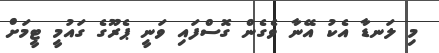
މި ލަނޑާ އެކު އޭނާ ވެގެން ގޮސްފައި ވަނީ ޕެރޫގެ ގައުމީ ޓީމަށް